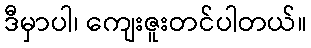
ဒီမှာပါ၊ ကျေးဇူးတင်ပါတယ်။